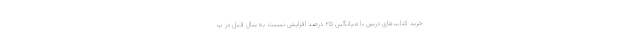
خرید کتاب‌های درسی با میانگین ۲۵ درصد افزایش نسبت به سال قبل در پ